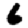
Digit: 6